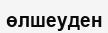
өлшеуден